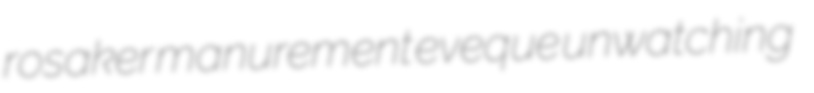
rosaker manurement eveque unwatching